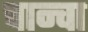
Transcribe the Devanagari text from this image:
चान्वा